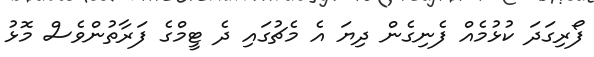
ފޯރިގަދަ ކުޅުމެއް ފެނިގެން ދިޔަ އެ މެޗުގައި ދެ ޓީމްގެ ފަރާތުންވެސް މޮޅު